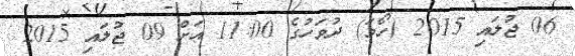
06 ޖުލައި 2015 (ހޯމަ) ދުވަހުގެ 11:00 އަށް 09 ޖުލައި 2015